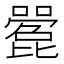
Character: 𫬌